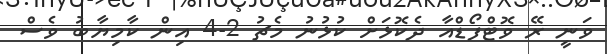
ވަނީ ރޭ ވޮޓްފޯޑްއާ ދެކޮޅަށް ކުޅުނު މެޗު 2-4 އިން ކާމިޔާބު ވެސް